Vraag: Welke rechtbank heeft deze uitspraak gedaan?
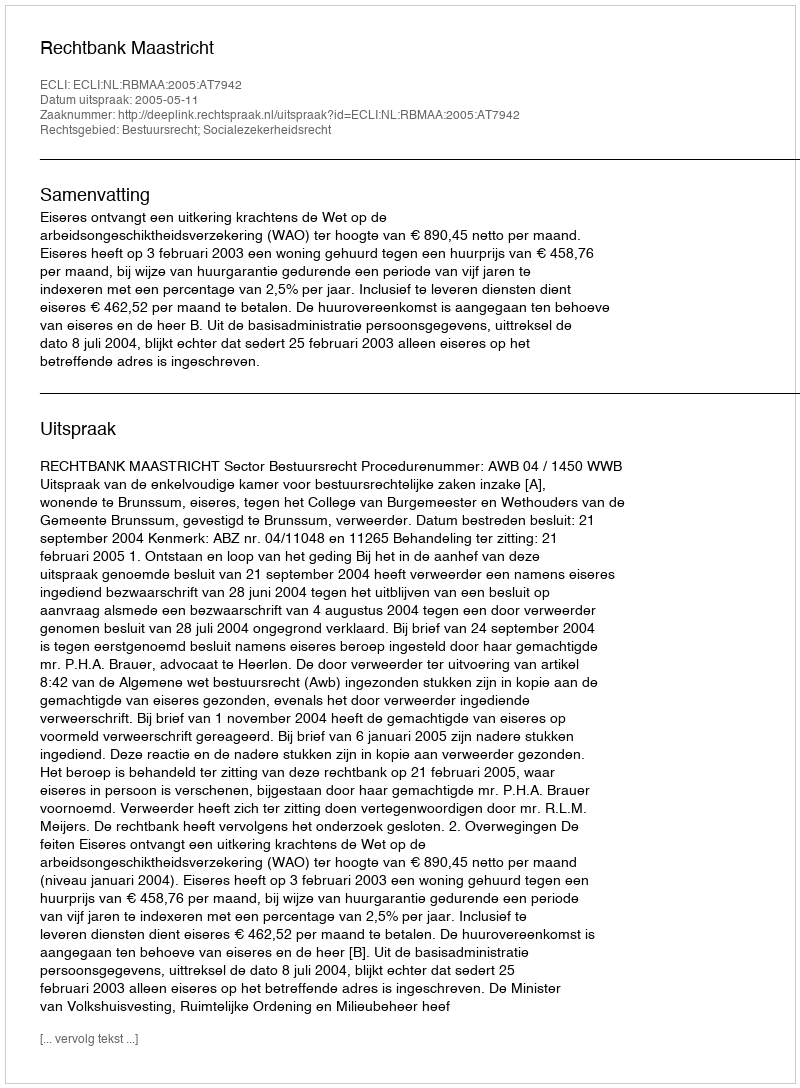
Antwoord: Rechtbank Maastricht